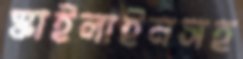
স্কাইলাইনসহ